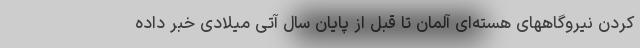
کردن نیروگاههای هسته‌ای آلمان تا قبل از پایان سال آتی میلادی خبر داده